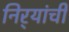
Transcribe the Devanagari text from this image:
निर्‍यांची